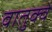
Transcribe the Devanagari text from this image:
वातुक्वे